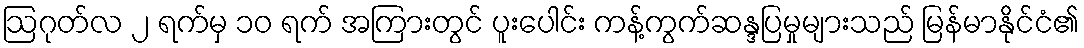
ဩဂုတ်လ ၂ ရက်မှ ၁၀ ရက် အကြားတွင် ပူးပေါင်း ကန့်ကွက်ဆန္ဒပြမှုများသည် မြန်မာနိုင်ငံ၏